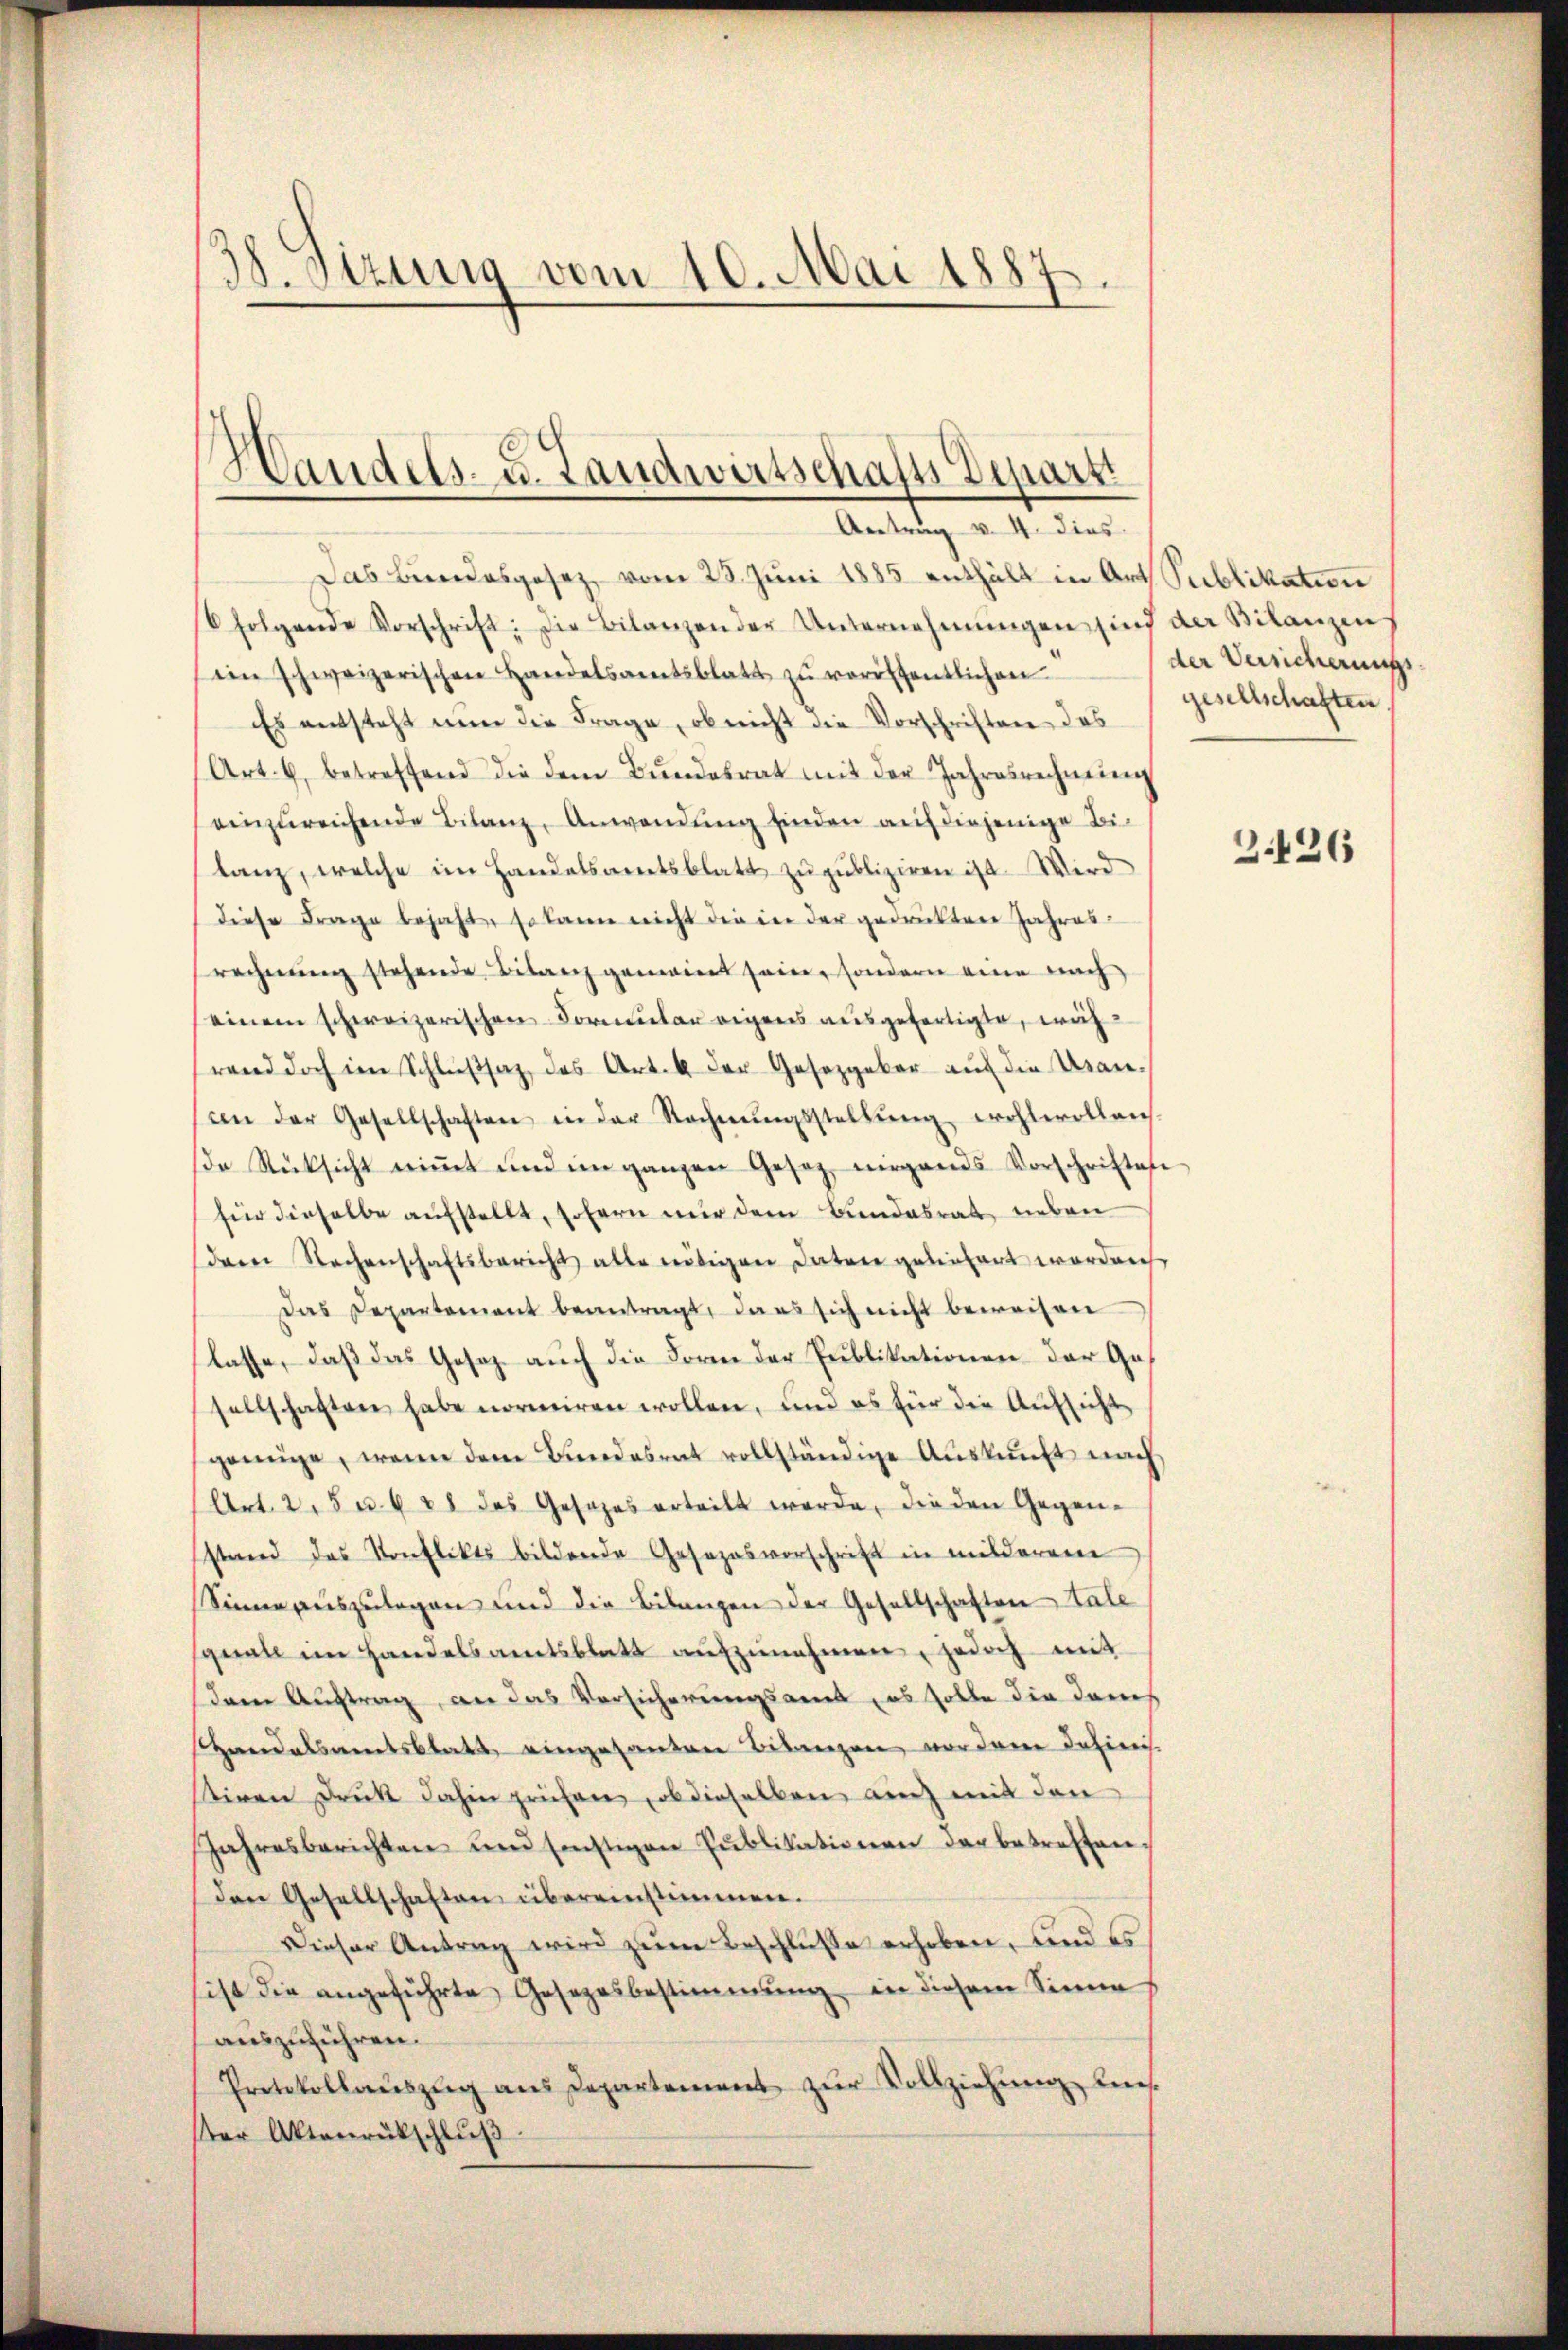
38. Sizung vom 10. Mai 1887

Handels- u. Landwirtschafts Departi
Antrag v. 4. dies

Das Bindesgesez vom 23. Juni 1885 enthält in Art. Sublikation
folgende Vorschrift: Die Bilanzen der Unternehmungen sind der Bilanzen
im schweizerischen Handelsamtsblatt zŭ veröffentlichen
Es entsteht nun die Frage, ob nicht die Vorschriften des
(Art. 6, betreffend die dem Bŭndesrat mit der Jahresrechnŭng
einzureichende Bilanz, Anwendung finden auf diejenige Bitanz, welche im Handelsamtsblatt zu publiziren ist. Wird
diese Frage bejaht, so kann nicht die in der gedruckten Jahresrechnŭng stehende Bilanz gemeint sein, sondern eine nach
einem schweizerischen Formular eigens ausgefertigte, während doch im Schlŭβsaz des Art. 4 der Gesetzgeber auf die Uran¬
(an der Gesellschaften in der Rechnŭngsstellŭng wohlerollanch
de Rücksicht niṁt und im ganzen Gesetz nirgends Vorschriftes
für dieselbe aufstellt, sofern nur dem Bundesrat neben
der Sachenschaftsbericht alle nötigen Datore geliefert worden
Das Departement beantragt, dass sich nicht beweisen
lasse, daß das Gesetz auch die Form der Publikationen der Gesellschaften habe normiren wollen, und es für die Aufsicht
genüge, wenn dem Bundesrat vollständige Auskunft nach
(Art. 2, 5 u. § 38 des Gesezes erteilt werde, die den Gegen-
stand das Konflikts bildende Gesezesvorschrift in milderem
Sinne auszulagen und die Bilanzen der Gesellschaften tale
quale im Handelsamtsblatt aŭfzŭnehmen, jedoch mit
Dem Auftrag, an das Versicherungsamt, es solle die danch
Zierdalsmentsblatt eingesanten Bilanzen vor dene dahinis
stiren Druk dahin prüfen, ob dieselben auch mit den
Jahresberichten und sonstigen Pŭblikationen der betreffen
den Gesellschaften übereinstimmen.
Dieser Antrag wird zum Beschlusse erhoben, und es
sist die angeführte Gesezesbestimmung in diesem Sinne
auszuführen.
Protokollauszug aus Departement zur Vollziehung uns
ter Aktenrückschlŭβ

der Versicherungs
gesellschaften.

3.426